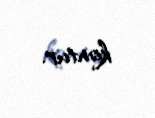
kontur.